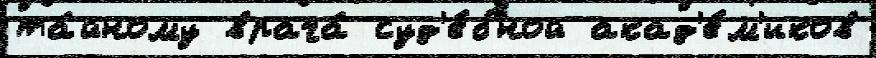
та́йному врача́ суд'е́бной акад'е́м'иков